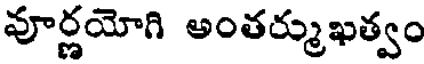
వూర్ణయోగి అంతర్ముఖత్వం